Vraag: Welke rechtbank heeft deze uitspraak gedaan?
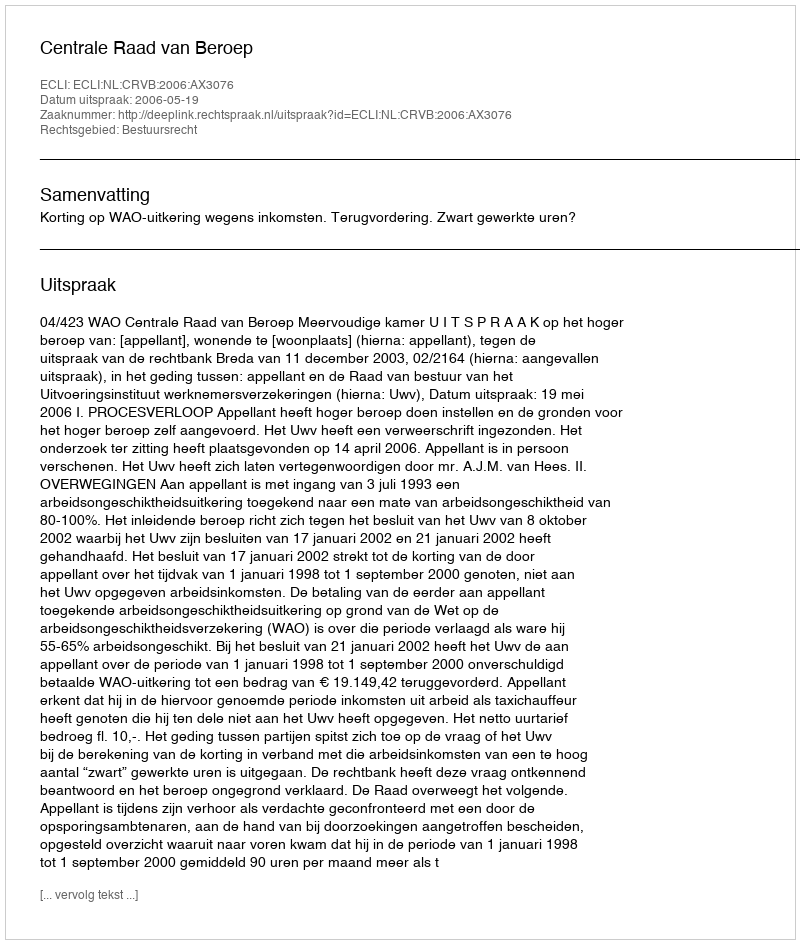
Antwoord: Centrale Raad van Beroep